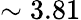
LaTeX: \sim 3.81